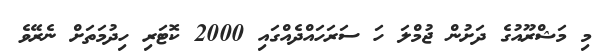
މި މަޝްރޫއުގެ ދަށުން ޖުމްލަ ހަ ސަރަހައްދެއްގައި 2000 ކޮޓަރި ހިދުމަތަށް ނެރޭވެ